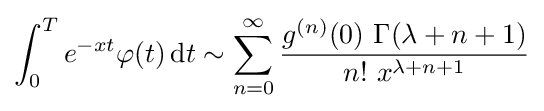
\int _{0}^{T}e^{-xt}\varphi (t)\,\mathrm {d} t\sim \sum _{n=0}^{\infty }{\frac {g^{(n)}(0)\ \Gamma (\lambda +n+1)}{n!\ x^{\lambda +n+1}}}